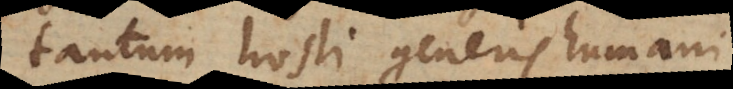
tantum hosti generis humani